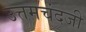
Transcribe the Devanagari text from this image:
उत्तमचंदजी